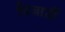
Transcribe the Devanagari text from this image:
विजार्डी